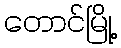
တောင်မြို့